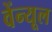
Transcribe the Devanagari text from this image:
वेंन्यूल